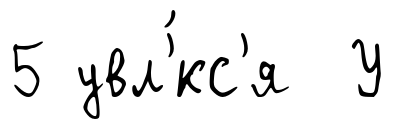
5 увл'́кс'я У